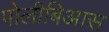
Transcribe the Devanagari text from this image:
पोलीबिआस